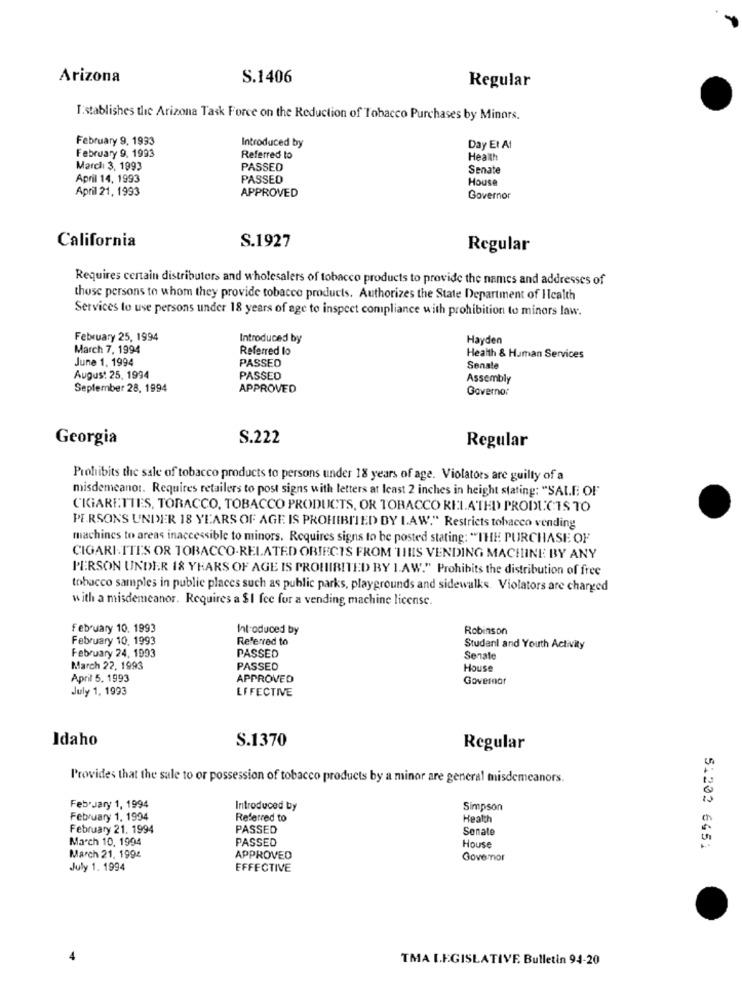
Arizona
S.1406
Regular
T:stablishes the Arizona Task Force on the Reduction of Tobacco Purchases by Minors.
February 9, 1993
February 9, 1993
Introduced by
Day Et At
Referred to
Health
Marchi 3, 1993
PASSED
Senate
April 14, 1993
PASSED
House
April 21, 1993
APPROVED
Governor
California
S.1927
Regular
Requires certain distributors and wholesalers of tobacco products to provide the names and addresses of
those persons to whom they provide tobacco products. Authorizes the State Department of HIcalth
Services to use persons under 18 years of age to inspect compliance with prohibition to minors law.
February 25, 1994
Introduced by
Hayden
March 7, 1994
Referred lo
June 1. 1994
PASSED
Health & Human Services
Senate
August 25, 1994
PASSED
Assembly
September 28, 1994
APPROVED
Governor
Georgia
S.222
Regular
Prohibits the sale of tobacco products to persons under 18 years of age. Violators are guilty of a
misdemeanor. Requires retailers to post signs with letters at least 2 inches in height stating: "SALE OF
CIGARETTES, TOBACCO, TOBACCO PRODUCTS, OR TOBACCO RELATED PRODUCTS TO
PERSONS UNDER 18 YEARS OF AGE IS PROHIBITED BY LAW." Restricts tobacco vending
machines to areas inaccessible to minors. Requires signs to be posted stating: "THE PURCHASE OF
CIGARI.TTES OR TOBACCO-RELATED OBJECTS FROM THIS VENDING MACHINE BY ANY
PERSON UNDER 18 YEARS OF AGE IS PROHIBITED BY 1.AW." Prohibits the distribution of free
tobacco samples in public places such as public parks, playgrounds and sidewalks. Violators are charged
with a misdemeanor. Requires a $1 fee for a vending machine license.
February 10. 1993
Introduced by
Robinson
February 10. 1993
Referred to
February 24, 1993
PASSED
Studenl and Youth Activity
Senate
March 22, 1993
PASSED
House
April 5. 1993
APPROVED
Governar
July 1, 1993
EFFECTIVE
Idaho
S.1370
Regular
Provides that the sale to or possession of tobacco products by a minor are general misdemeanors.
February 1, 1994
Introduced by
Simpson
February 1. 1994
Referred to
Health
February 21. 1994
PASSED
Sonate
March 10, 1994
PASSED
House
51202 6451
March 21, 199:
APPROVED
Govemor
July 1. 1994
EFFECTIVE
TMA LEGISLATIVE Bulletin 94-20